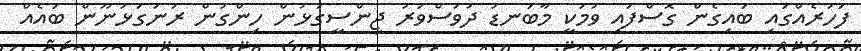
ފަހަރެއްގައި ބައިގެން ގޮސްފައި ވުމަކީ މާބަނޑު ދުވަސްވަރު ޖިންސީގުޅުން ހިންގުން ރަނަގަޅުނޫން ބައެއް